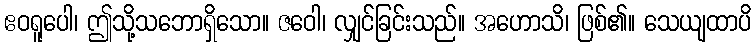
ဧဝရူပေါ၊ ဤသို့သဘောရှိသော။ ဇဝေါ၊ လျှင်ခြင်းသည်။ အဟောသိ၊ ဖြစ်၏။ သေယျထာပိ